Problem: 25 + 8 = ?
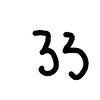
Handwritten answer: 33